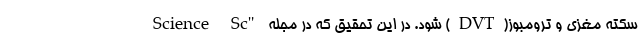
سکته مغزی و ترومبوز(DVT) شود. در این تحقیق که در مجله "Science Sc